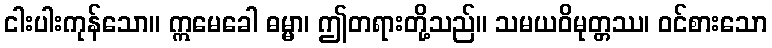
ငါးပါးကုန်သော။ ဣမေခေါ ဓမ္မာ၊ ဤတရားတို့သည်။ သမယဝိမုတ္တဿ၊ ဝင်စားသော